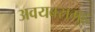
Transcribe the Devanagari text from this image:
अवयवसमूह